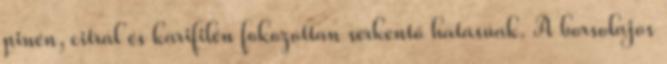
pinén, citrál és karifilén fokozottan serkentő hatásúak. A borsolajos